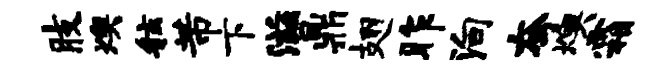
肢燠舷芾下滋鼎翅昨殉夸燠霜